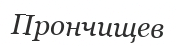
Прончищев